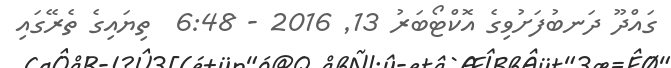
ގައްދޫ ދަނބުފަށުވިގެ އޮކްޓޯބަރު 13